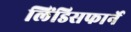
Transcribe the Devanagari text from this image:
लिंडिसफार्ने